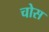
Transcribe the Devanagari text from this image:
चोस